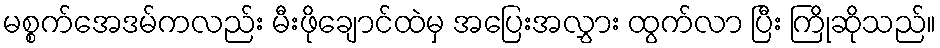
မစ္စက်အေဒမ်ကလည်း မီးဖိုချောင်ထဲမှ အပြေးအလွှား ထွက်လာ ပြီး ကြိုဆိုသည်။